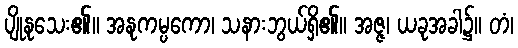
ပျိုနုသေး၏။ အနုကမ္ပကော၊ သနားဘွယ်ရှိ၏။ အဇ္ဇ၊ ယခုအခါ၌။ တံ၊